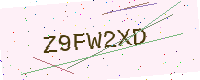
Text: Z9FW2XD